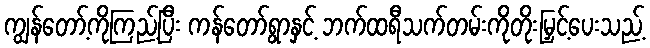
ကျွန်တော့်ကိုကြည့်ပြီး ကန်တော်ရွာနှင့် ဘက်ထရီသက်တမ်းကိုတိုးမြှင့်ပေးသည့်